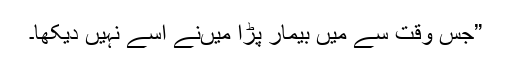
”جس وقت سے میں بیمار پڑا میںنے اُسے نہیں دیکھا۔